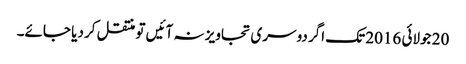
20 جولائی 2016 تک اگر دوسری تجاویز نہ آئیں تو منتقل کر دیا جائے۔